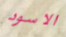
الاسود